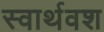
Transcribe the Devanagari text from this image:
स्वार्थवश